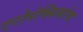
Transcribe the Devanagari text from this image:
एरोमेक्सिकोचा